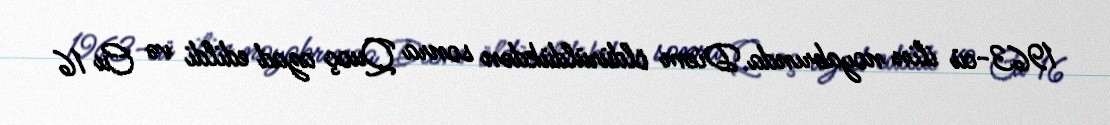
1963-cü ilin noyabrında Diem öldürüldükdən sonra Quoç azad edildi və Cu 16